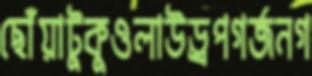
ছোঁয়াটুকুওলাউড্রপগর্জনগ